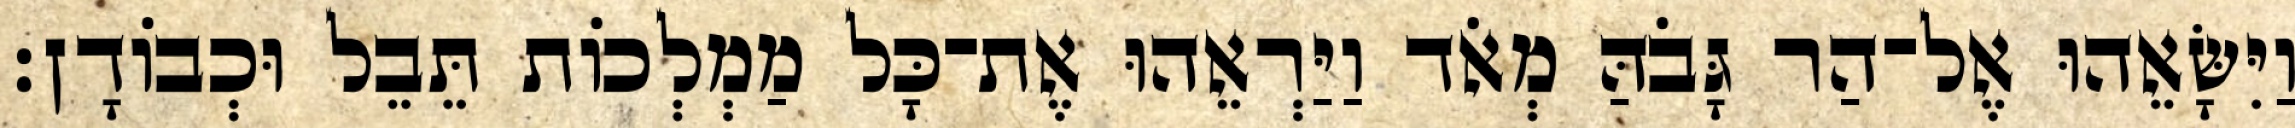
וַיִּשָּׂאֵהוּ אֶל־הַר גָּבֹהַּ מְאֹד וַיַּרְאֵהוּ אֶת־כָּל מַמְלְכוֹת תֵּבֵל וּכְבוֹדָן׃